Scottish Leaving Certificate Examination, 1960
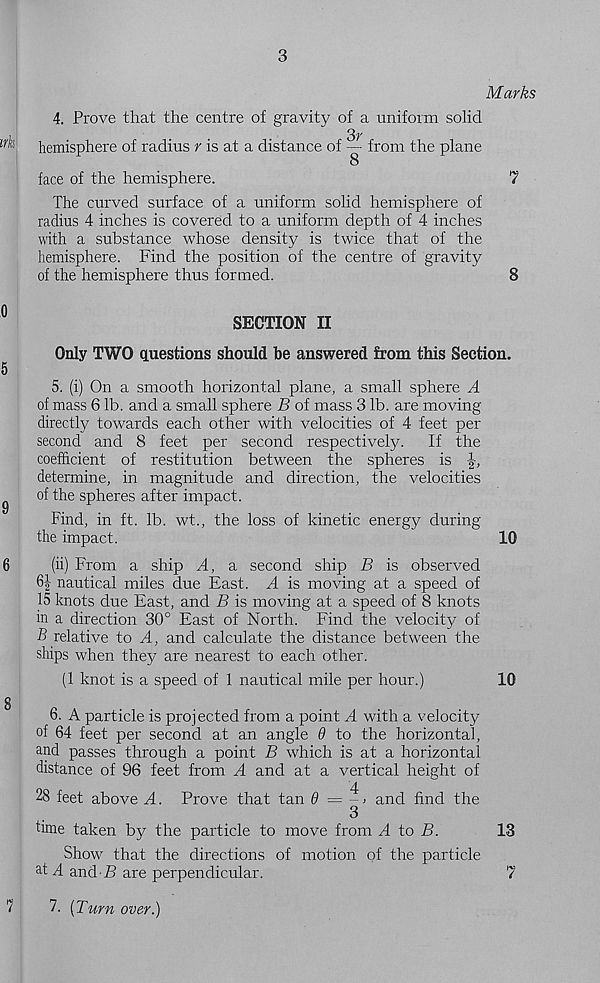
3
Marks
4. Prove that the centre of gravity of a uniform solid
ir^,
hemisphere of radius r is at a distance of
from the plane
8
face of the hemisphere.
7
The curved surface of a uniform solid hemisphere of
radius 4 inches is covered to a uniform depth of 4 inches
with a substance whose density is twice that of the
hemisphere. Find the position of the centre of gravity
of the hemisphere thus formed.
8
°
SECTION II
Only TWO questions should be answered from this Section.
5
5. (i) On a smooth horizontal plane, a small sphere A
of mass 6 lb. and a small sphere B of mass 3 lb. are moving
directly towards each other with velocities of 4 feet per
second and 8 feet per second respectively.
If the
coefficient of restitution between the spheres is
determine, in magnitude and direction, the velocities
^
of the spheres after impact.
Find, in ft. lb. wt., the loss of kinetic energy during
the impact.
10
6
(ii) From a ship A, a second ship B is observed
6| nautical miles due East. A is moving at a speed of
15 knots due East, and B is moving at a speed of 8 knots
in a direction 30° East of North. Find the velocity of
B relative to A, and calculate the distance between the
ships when they are nearest to each other.
(1 knot is a speed of 1 nautical mile per hour.)
10
g
6. A particle is projected from a point A with a velocity
of 64 feet per second at an angle 9 to the horizontal,
and passes through a point B which is at a horizontal
distance of 96 feet from A and at a vertical height of
28 feet above A. Prove that tan 9 = - > and find the
3
time taken by the particle to move from A to B.
13
Show that the directions of motion of the particle
a t A and•.£> are perpendicular.
7
^
7. [Turn over.)